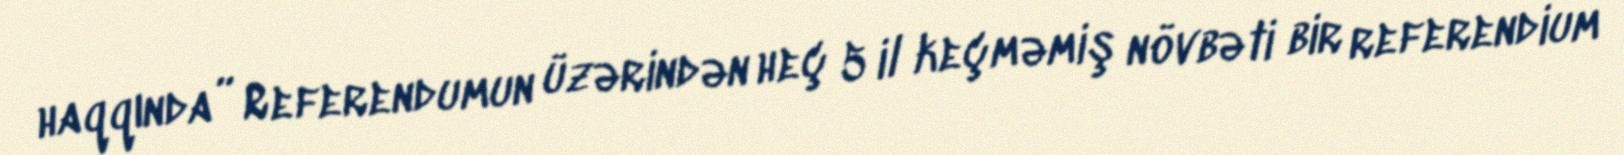
haqqında” Referendumun üzərindən heç 5 il keçməmiş növbəti bir referendium